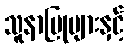
သူနာပြုများနှင့်